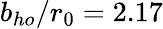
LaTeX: b_{ho}/r_{0}=2.17